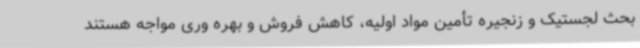
بحث لجستیک و زنجیره تأمین مواد اولیه، کاهش فروش و بهره وری مواجه هستند